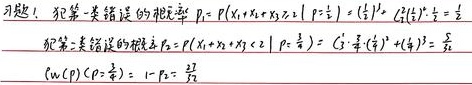
习题1. 犯第一类错误的概率 \(p_1 = P(x_1 + x_2 + x_3 \geqslant 2\mid p=\frac{1}{4}) = (\frac{1}{4})^3 + C_{3}^{2}(\frac{1}{4})^2\cdot\frac{3}{4}=\frac{10}{64}\)。
犯第二类错误的概率 \(p_2 = P(x_1 + x_2 + x_3 < 2\mid p=\frac{3}{4}) = C_{3}^{0}(\frac{1}{4})^3 + C_{3}^{1}(\frac{3}{4})(\frac{1}{4})^2=\frac{10}{64}\)。
\(\omega(p)(p = \frac{3}{4}) = 1 - p_2=\frac{54}{64}\)